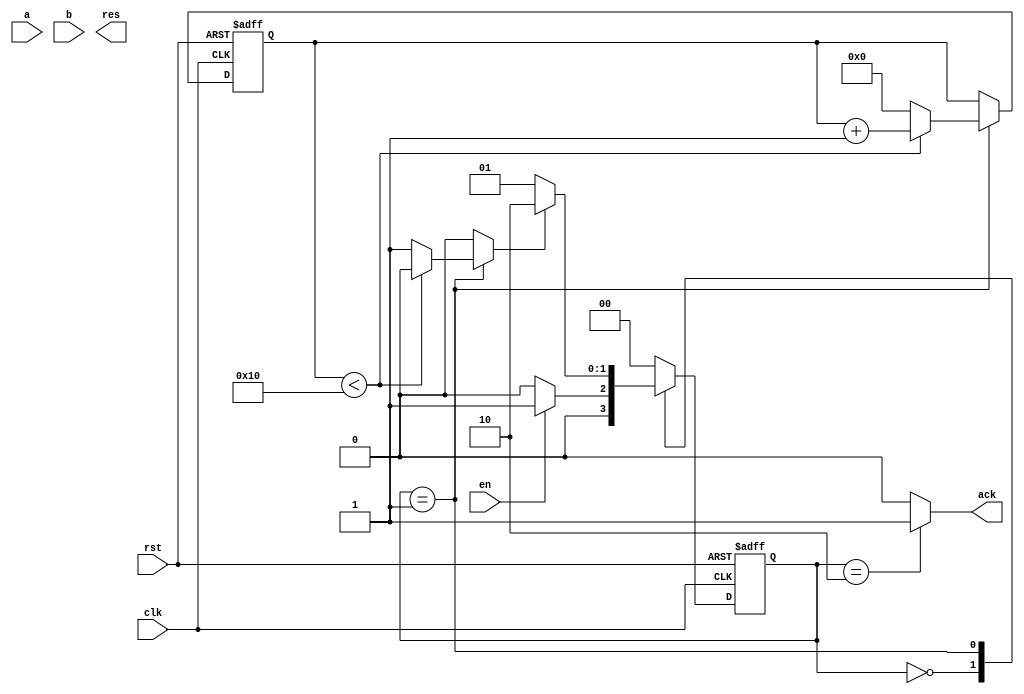
module Booth(
	input [15:0] a,
	input [15:0] b,
	input en,
	input clk,
	input rst,
	output [31:0] res,
	output ack);

	parameter IDLE = 2'b00;
	parameter COMPUTE = 2'b01;
	parameter DONE = 2'b10;

	reg [1:0] cur_state;
	reg [1:0] nxt_state;

	reg [31:0] res_r, res_w;

	reg [32:0] tmp_res_r, tmp_res_w;
	reg [15:0] a_r, b_r;
	reg [15:0] a_w, b_w;

	reg [4:0] cnt_r, cnt_w;


	always@(posedge clk or posedge rst) begin
		if(rst) begin
			cur_state <= 2'd0;
			a_r <= 16'd0;
			b_r <= 16'd0;
			res_r <= 32'd0;
			cnt_r <= 5'd0;
			tmp_res_r <= 33'd0;
		end
		else begin
			cur_state <= nxt_state;
			a_r <= a_w;
			b_r <= b_w;
			res_r <= res_w;
			cnt_r <= cnt_w;
			tmp_res_r <= tmp_res_w;
		end
	end

	always@(*)begin
		if(en) begin
			a_w = a;
			b_w = b;
		end
		else begin
			a_w = a_r;
			b_w = b_r;
		end
	end

	reg compute_done;

	always@(*)begin
		if(cur_state == COMPUTE) begin
			if(cnt_r < 5'd16) begin
				cnt_w = cnt_r + 5'd1;
				compute_done = 1'b0;
			end
			else begin
				cnt_w = 5'd0;
				compute_done = 1'b1;
			end
		end
		else begin
			cnt_w = cnt_r;
			compute_done = 1'b0;
		end
	end

	wire [1:0] cond;
	assign cond = {tmp_res_r[1:0]};

	wire [15:0] b_2comp;
	assign b_2comp = ~b_r + 16'd1;
	reg [15:0] temp_sum;

	always@(*)begin
		if(cur_state == COMPUTE) begin
		 	if(cnt_r == 5'd0) begin
				tmp_res_w = {16'd0, a, 1'b0};
			end
			else begin
				case (cond) 
					2'b00: begin
						tmp_res_w = {tmp_res_r[32], tmp_res_r[32:1]};
					end
					2'b01: begin
						temp_sum = tmp_res_r[32:17] + b_r;
						tmp_res_w = {temp_sum[15], temp_sum, tmp_res_r[16:1]};
					end
					2'b10: begin
						temp_sum = tmp_res_r[32:17] + b_2comp;
						tmp_res_w = {temp_sum[15], temp_sum, tmp_res_r[16:1]};
					end
					2'b11: begin
						tmp_res_w = {tmp_res_r[32], tmp_res_r[32:1]};
					end
				endcase
			end
			res_w = tmp_res_w[32:1];
		end
		else begin
			tmp_res_w = tmp_res_r;
			res_w = res_r;
		end
	end

	assign ack = (cur_state == DONE) ? 1'b1 : 1'b0;

	always@(*)begin
		case (cur_state)
			IDLE: begin
				if(en) begin
					nxt_state = COMPUTE;
				end
				else begin
					nxt_state = IDLE;
				end
			end
			COMPUTE:begin
				if(compute_done) begin
					nxt_state = DONE;
				end
				else begin
					nxt_state = COMPUTE;
				end
			end
			DONE:begin
				nxt_state = IDLE;
			end
			default:begin
				nxt_state = IDLE;
			end
		endcase
	end





endmodule